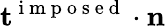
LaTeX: \mathbf{t}^{\mathrm{~i~m~p~o~s~e~d~}}\cdot\mathbf{n}